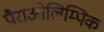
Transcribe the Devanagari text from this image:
पैराओलिम्पिक